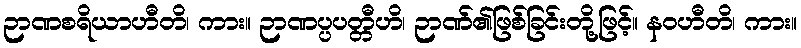
ဉာဏစရိယာဟီတိ၊ ကား။ ဉာဏပ္ပပတ္တီဟိ၊ ဉာဏ်၏ဖြစ်ခြင်းတို့ဖြင့်။ နဝဟီတိ၊ ကား။